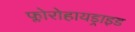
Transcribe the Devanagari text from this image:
फ्लोरोहायड्राइड